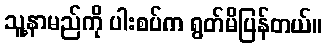
သူ့နာမည်ကို ပါးစပ်က ရွတ်မိပြန်တယ်။